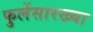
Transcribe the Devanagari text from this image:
फुलेंसारख्या